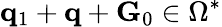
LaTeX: \mathbf{q}_{1}+\mathbf{q}+\mathbf{G}_{0}\in\Omega^{*}